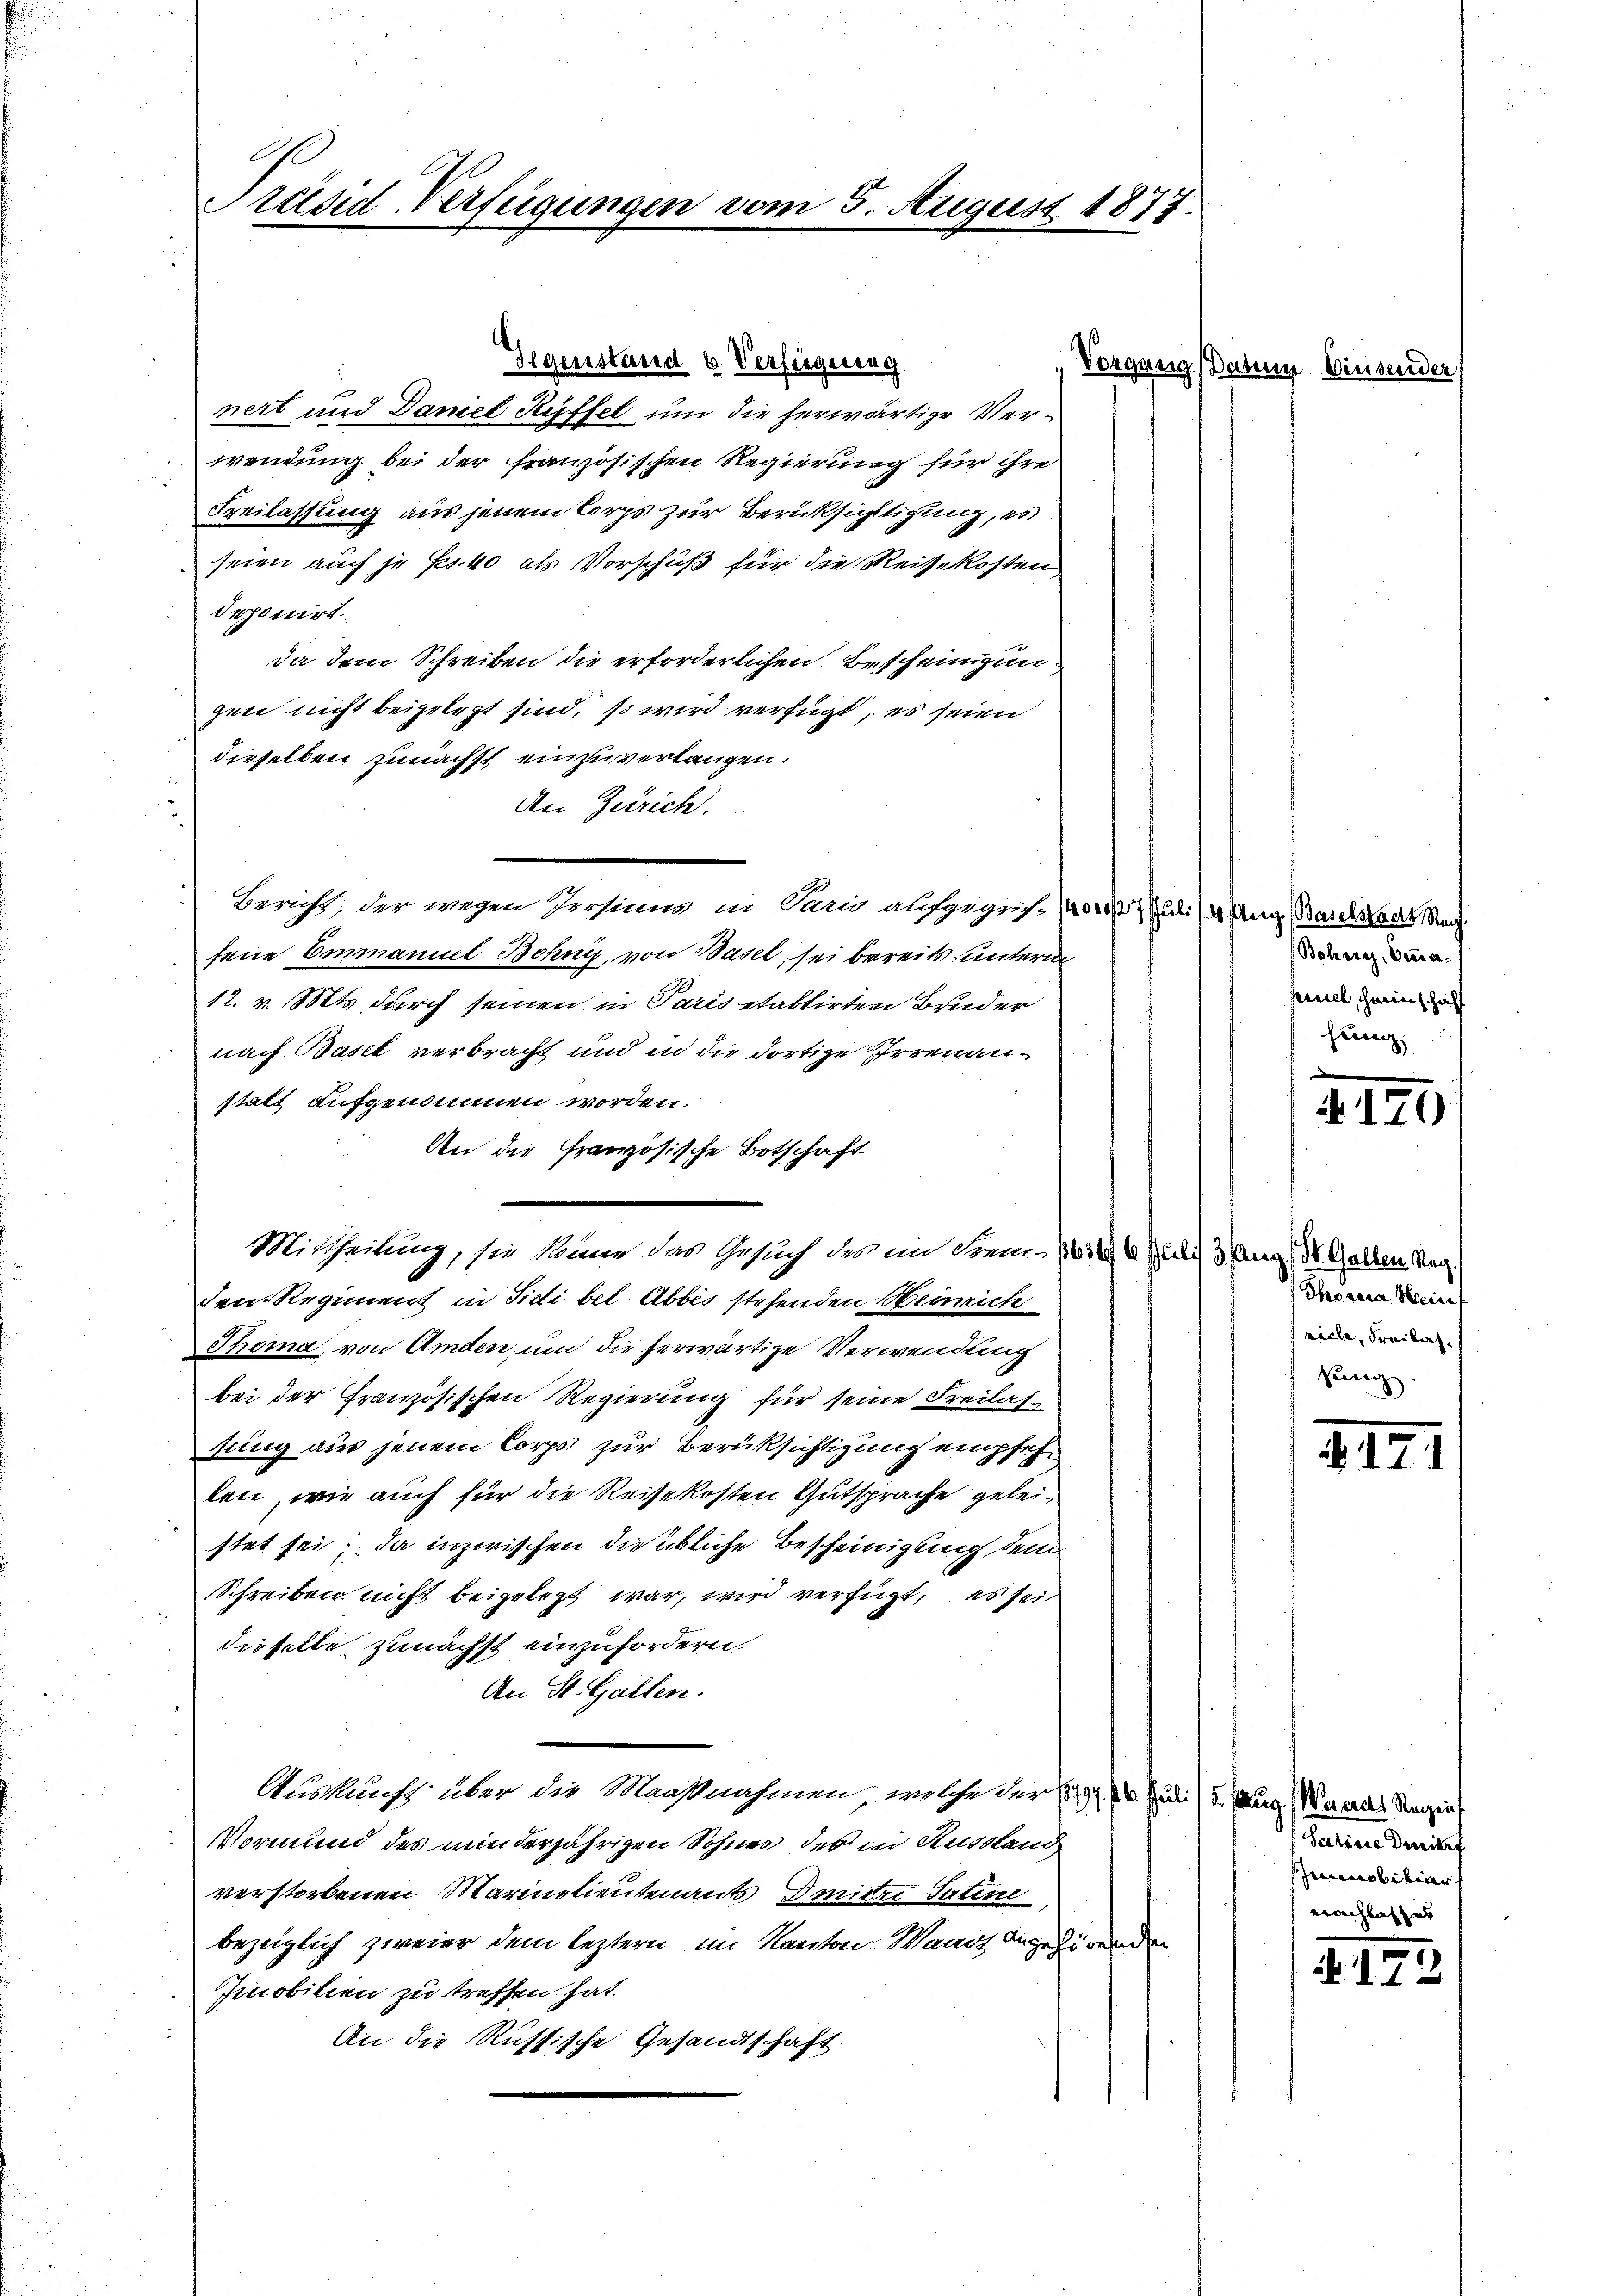
Gegenstand & Verfügung
Vorgang Datu
nert und Damel Rüffel um die herwärtige Verwendung bei der französischen Regierung für ihre
Freilassung aus jenem Corps zur Berücksichtigung, es
seien auch je Fr. 40 als Vorschuß für die Reisekosten,
deponirt.
da dem Schreiben die erforderlichen Bescheinigun
gen nicht beigelegt sind, so wird verfügt, es seien
dieselben zunächst einzuverlangen.
An Zürich.
Bericht; der wegen Persium in Paris aufgegriff uli/4 Aug. Baselstadt Nac
sene Emmanuel Bohny, von Basel, sei bereits unterm
12. v. Mts. durch seinen in Paris etablirten Bruder
nach Basel verbracht und in die dortige Errenanstatt aufgenommen worden.
An die Französische Botschaft
Mittheilung, sie könne das Gesuch des im Frem- 1614, 6. Juli 3 Aug, St. Gallen Mag
den Regiment in Fidi-bel-Abbes stehenden Heinrich
Thorna, von Amden, um die herwärtige Verwendung
bei der Französischen Regierung für seine Freilas-
sung aus jenem Corps zur Berüksichtigung empfehten, wie auch für die Reisekosten Gutsprache geleistet sei; da inzwischen dieickliche Bescheinigung dem
Schreiben nicht beigelegt war, wird verfügt, es sei
dieselbe zunächst einzufordern.
An St. Gallen.
Auskunft über die Maaßnahmen, welche der 1799. 16. Juli (3. Aug. Waadt Regie
Vormund des minderjährigen Sohnen des in Russlang
verstorbenen Marielieutenants Dritze Satine
bezüglich zweier dem leztern im Kanton. Waadt angehörenden
Imobilien zu treffen hat.
An die Russische Gesandtschaft.

d
Präsid-Verfügungen vom 5. August 1873.

eiserider

Bohren, Veranpeeilt, Herinschaff
hrung

4170

Thorera Hein
eiche, Freilas
sung.

217

Paren Denisf
obiterer
wachsatzes

. 17.